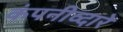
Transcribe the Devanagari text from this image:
कंपनीव्दारे